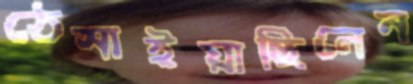
ঠেসাইয়াছিলেন